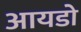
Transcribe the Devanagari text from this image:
आयडो